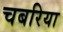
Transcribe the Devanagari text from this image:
चबरिया